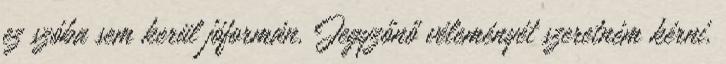
ez szóba sem kerül jóformán. Jegyzőnő véleményét szeretném kérni.